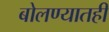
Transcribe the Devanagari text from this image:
बोलण्यातही